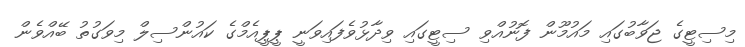
މިސިޓީގެ ޖަވާބުގައި މައުމޫން ފޮނުއްވި ސިޓީގައި ވިދާޅުވެފައިވަނީ ޕީޕީއެމްގެ ކައުންސިލް މިވަގުތު ބޭއްވެން